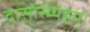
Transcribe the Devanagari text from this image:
दासोस्म्यहम्।